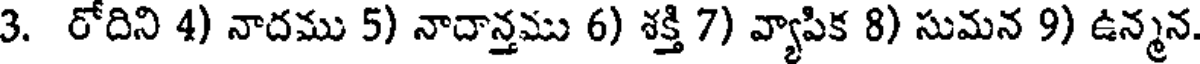
3. రోదిని 4) నాదము 5) నాదాన్తము 6) శక్తి 7) వ్యాపిక 8) సుమన 9) ఉన్మన